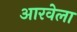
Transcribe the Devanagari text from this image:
आरवेला